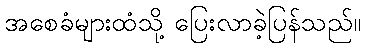
အစေခံများထံသို့ ပြေးလာခဲ့ပြန်သည်။